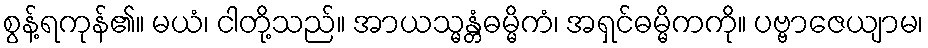
စွန့်ရကုန်၏။ မယံ၊ ငါတို့သည်။ အာယသ္မန္တံဓမ္မိကံ၊ အရှင်ဓမ္မိကကို။ ပဗ္ဗာဇေယျာမ၊